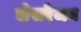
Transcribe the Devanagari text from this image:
लेसरेजन